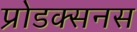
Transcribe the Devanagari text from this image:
प्रोडक्सनस